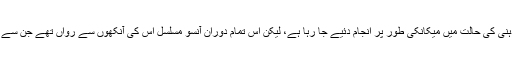
یوں لگتا تھا یہ تمام اموروہ خالی الذہنی کی حالت میں میکانکی طور پر انجام دئیے جا رہا ہے، لیکن اس تمام دوران آنسو مسلسل اس کی آنکھوں سے رواں تھے جن سے وہ لاعلم نہیں تو لاتعلق ضرور تھا۔